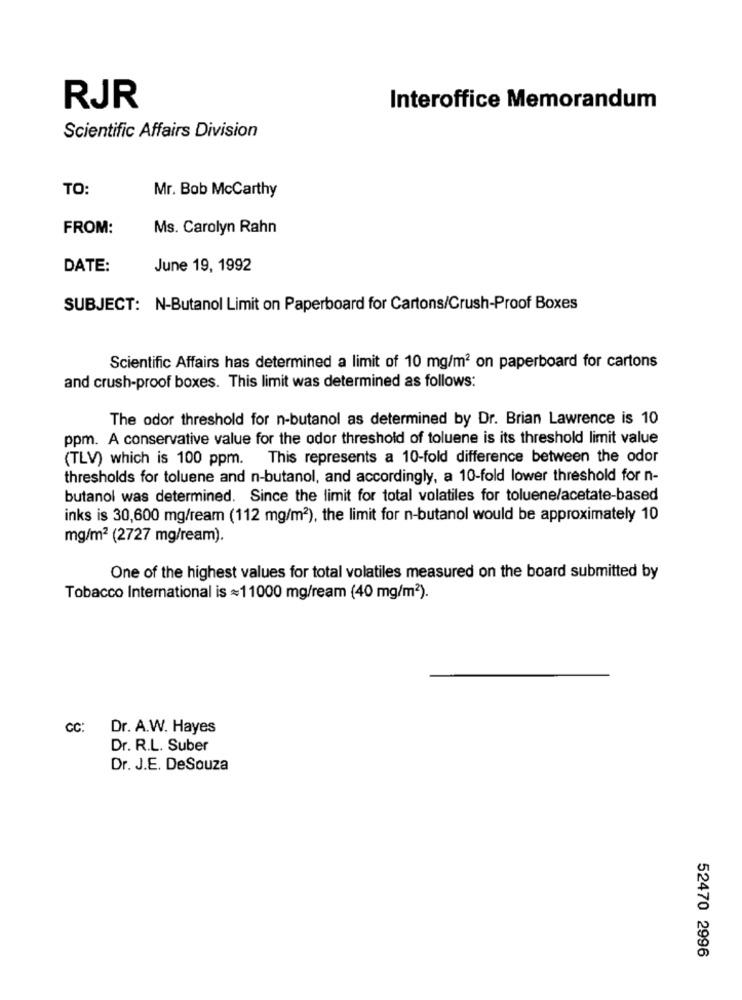
RJR
Interoffice Memorandum
Scientific Affairs Division
TO:
Mr. Bob McCarthy
FROM:
Ms. Carolyn Rahn
DATE:
June 19, 1992
SUBJECT: N-Butanol Limit on Paperboard for Cartons/Crush-Proof Boxes
Scientific Affairs has determined a limit of 10 mg/m2 on paperboard for cartons
and crush-proof boxes. This limit was determined as follows:
The odor threshold for n-butanol as determined by Dr. Brian Lawrence is 10
ppm. A conservative value for the odor threshold of toluene is its threshold limit value
(TLV) which is 100 ppm. This represents a 10-fold difference between the odor
thresholds for toluene and n-butanol, and accordingly, a 10-fold lower threshold for n-
butanol was determined. Since the limit for total volatiles for toluene/acetate-based
inks is 30,600 mg/ream (112 mg/m2), the limit for n-butanol would be approximately 10
mg/m2 (2727 mg/ream).
One of the highest values for total volatiles measured on the board submitted by
Tobacco International is =11000 mg/ream (40 mg/m2).
CC:
Dr. A.W. Hayes
Dr. R.L. Suber
Dr. J.E. DeSouza
52470 2996